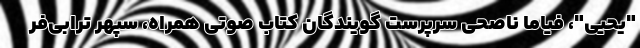
"یحیی"، فیاما ناصحی سرپرست گویندگان کتاب صوتی همراه، سپهر ترابی‌فر